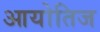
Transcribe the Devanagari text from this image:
आयोतिज